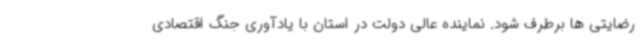
رضایتی ها برطرف شود. نماینده عالی دولت در استان با یادآوری جنگ اقتصادی